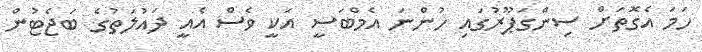
ހަމަ އެގޮތަށް ސިންގަޕޫރުގައި ހުންނަ އެމްބަސީ އަކީ ވެސް އެއީ ދައުލަތުގެ ބަޖެޓުން